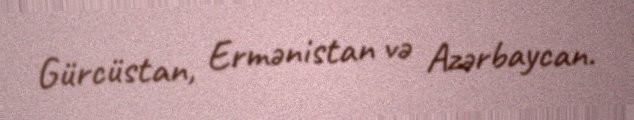
Gürcüstan, Ermənistan və Azərbaycan.